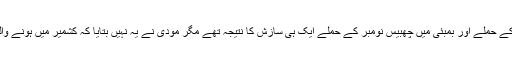
پاکستان کا نام لیے بغیر مودی نے الزام لگایا کہ گیارہ ستمبر کے حملے اور بمبئی میں چھبیس نومبر کے حملے ایک ہی سازش کا نتیجہ تھے مگر مودی نے یہ نہیں بتایا کہ کشمیر میں ہونے والی بھارتی دہشت گردی کی سازش کس نے اور کہاں تیار کی۔